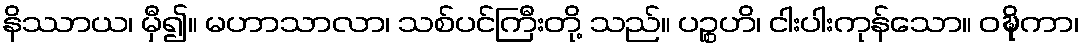
နိဿာယ၊ မှီ၍။ မဟာသာလာ၊ သစ်ပင်ကြီးတို့ သည်။ ပဉ္စဟိ၊ ငါးပါးကုန်သော။ ဝဍ္ဎိကာ၊